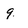
Character: 9